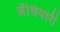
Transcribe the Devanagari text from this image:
अँधियारी